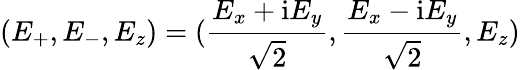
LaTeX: (E_{+},E_{-},E_{z})=(\frac{E_{x}+\mathrm{i}E_{y}}{\sqrt{2}},\frac{E_{x}-\mathrm{i}E_{y}}{\sqrt{2}},E_{z})